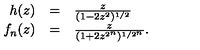
\begin{array} { r c l } { h ( z ) } & { = } & { \frac { z } { ( 1 - 2 z ^ { 2 } ) ^ { 1 / 2 } } } \\ { f _ { n } ( z ) } & { = } & { \frac { z } { ( 1 + 2 z ^ { 2 ^ { n } } ) ^ { 1 / 2 ^ { n } } } . } \\ \end{array}